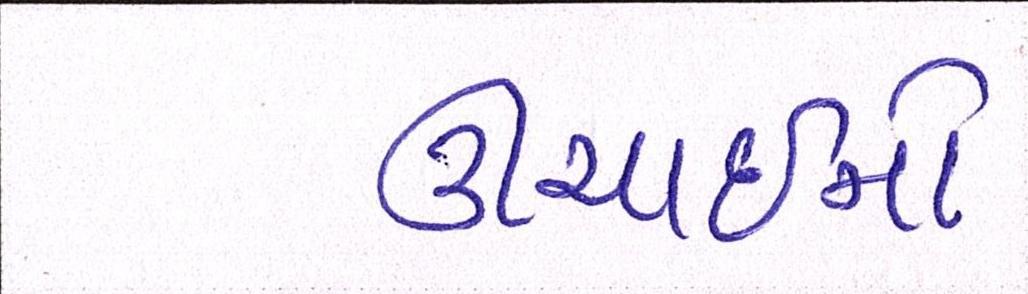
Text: ઊંચાઈનો